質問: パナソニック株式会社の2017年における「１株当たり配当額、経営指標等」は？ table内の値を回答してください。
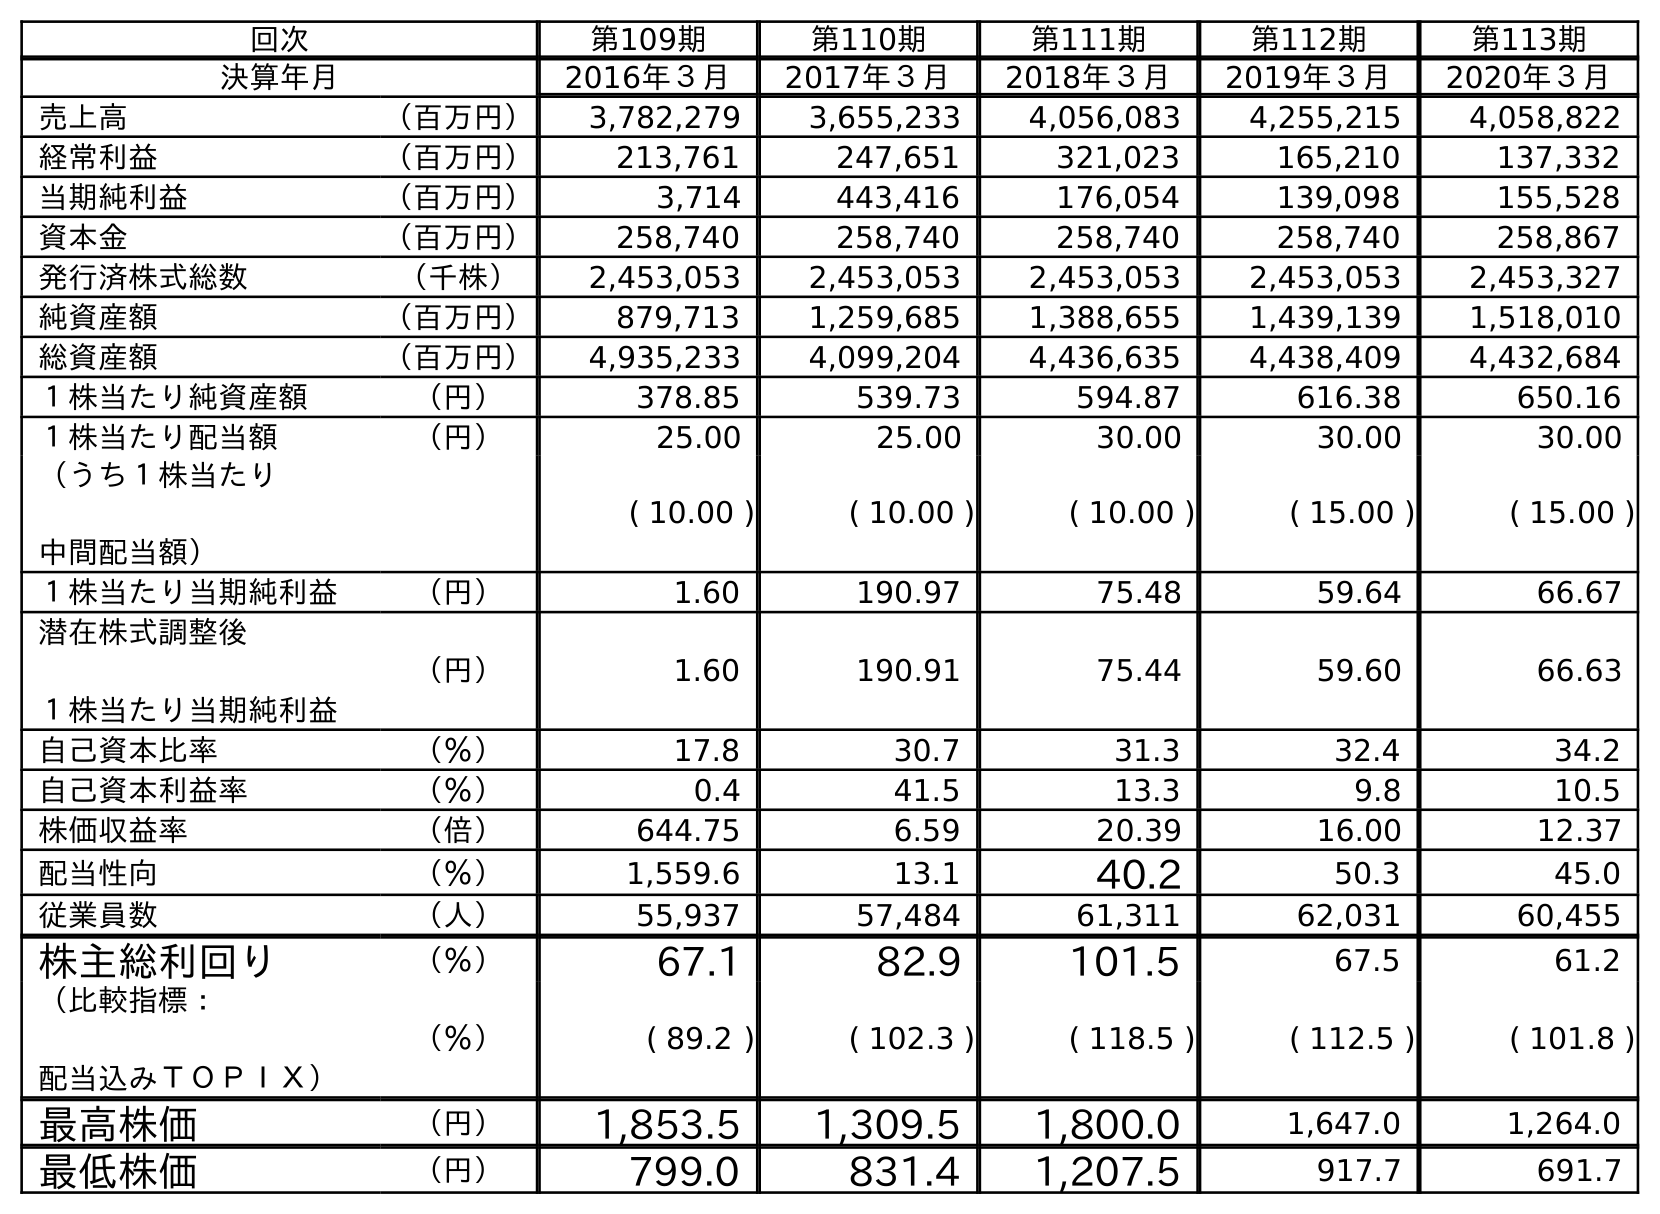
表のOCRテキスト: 回次 第109期 第110期 第111期 第112期 第113期 決算年月 2016年３月 2017年３月 2018年３月 2019年３月 2020年３月 売上高 （百万円） 3,782,279 3,655,233 4,056,083 4,255,215 4,058,822 経常利益 （百万円） 213,761 247,651 321,023 165,210 137,332 当期純利益 （百万円） 3,714 443,416 176,054 139,098 155,528 資本金 （百万円） 258,740 258,740 258,740 258,740 258,867 発行済株式総数 （千株） 2,453,053 2,453,053 2,453,053 2,453,053 2,453,327 純資産額 （百万円） 879,713 1,259,685 1,388,655 1,439,139 1,518,010 総資産額 （百万円） 4,935,233 4,099,204 4,436,635 4,438,409 4,432,684 １株当たり純資産額 （円） 378.85 539.73 594.87 616.38 650.16 １株当たり配当額 （円） 25.00 25.00 30.00 30.00 30.00 （うち１株当たり 中間配当額） ( 10.00 ) ( 10.00 ) ( 10.00 ) ( 15.00 ) ( 15.00 ) １株当たり当期純利益 （円） 1.60 190.97 75.48 59.64 66.67 潜在株式調整後 １株当たり当期純利益 （円） 1.60 190.91 75.44 59.60 66.63 自己資本比率 （％） 17.8 30.7 31.3 32.4 34.2 自己資本利益率 （％） 0.4 41.5 13.3 9.8 10.5 株価収益率 （倍） 644.75 6.59 20.39 16.00 12.37 配当性向 （％） 1,559.6 13.1 40.2 50.3 45.0 従業員数 （人） 55,937 57,484 61,311 62,031 60,455 株主総利回り （％） 67.1 82.9 101.5 67.5 61.2 （比較指標： 配当込みＴＯＰＩＸ） （％） ( 89.2 ) ( 102.3 ) ( 118.5 ) ( 112.5 ) ( 101.8 ) 最高株価 （円） 1,853.5 1,309.5 1,800.0 1,647.0 1,264.0 最低株価 （円） 799.0 831.4 1,207.5 917.7 691.7
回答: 25.00